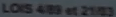
LOX5-4/89 at